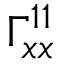
\Gamma _ { x x } ^ { 1 1 }